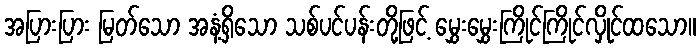
အပြားပြား မြတ်သော အနံ့ရှိသော သစ်ပင်ပန်းတို့ဖြင့် မွှေးမွှေးကြိုင်ကြိုင်လှိုင်ထသော။